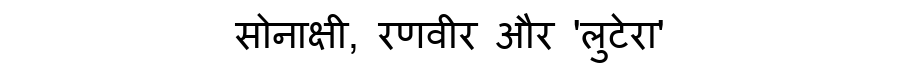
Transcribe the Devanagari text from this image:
सोनाक्षी, रणवीर और 'लुटेरा'